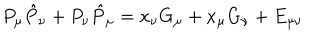
P _ { \mu } \hat { P } _ { \nu } + P _ { \nu } \hat { P } _ { \mu } = x _ { \nu } G _ { \mu } + x _ { \mu } G _ { \nu } + E _ { \mu \nu }